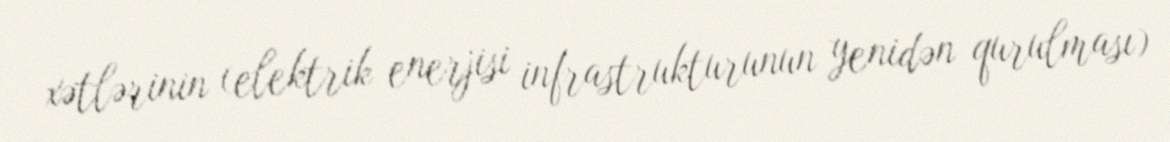
xətlərinin (elektrik enerjisi infrastrukturunun yenidən qurulması)